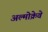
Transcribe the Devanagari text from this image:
अल्मोक्रेवे